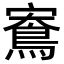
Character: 𪀱